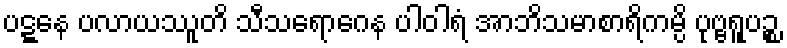
ပဋ္ဋနေ ပလာယဿူတိ သီသရောဂေန ပါဝါရံ အာဘိသမာစာရိကမ္ပိ ပုဗ္ဗရူပဉ္စ